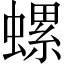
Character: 螺